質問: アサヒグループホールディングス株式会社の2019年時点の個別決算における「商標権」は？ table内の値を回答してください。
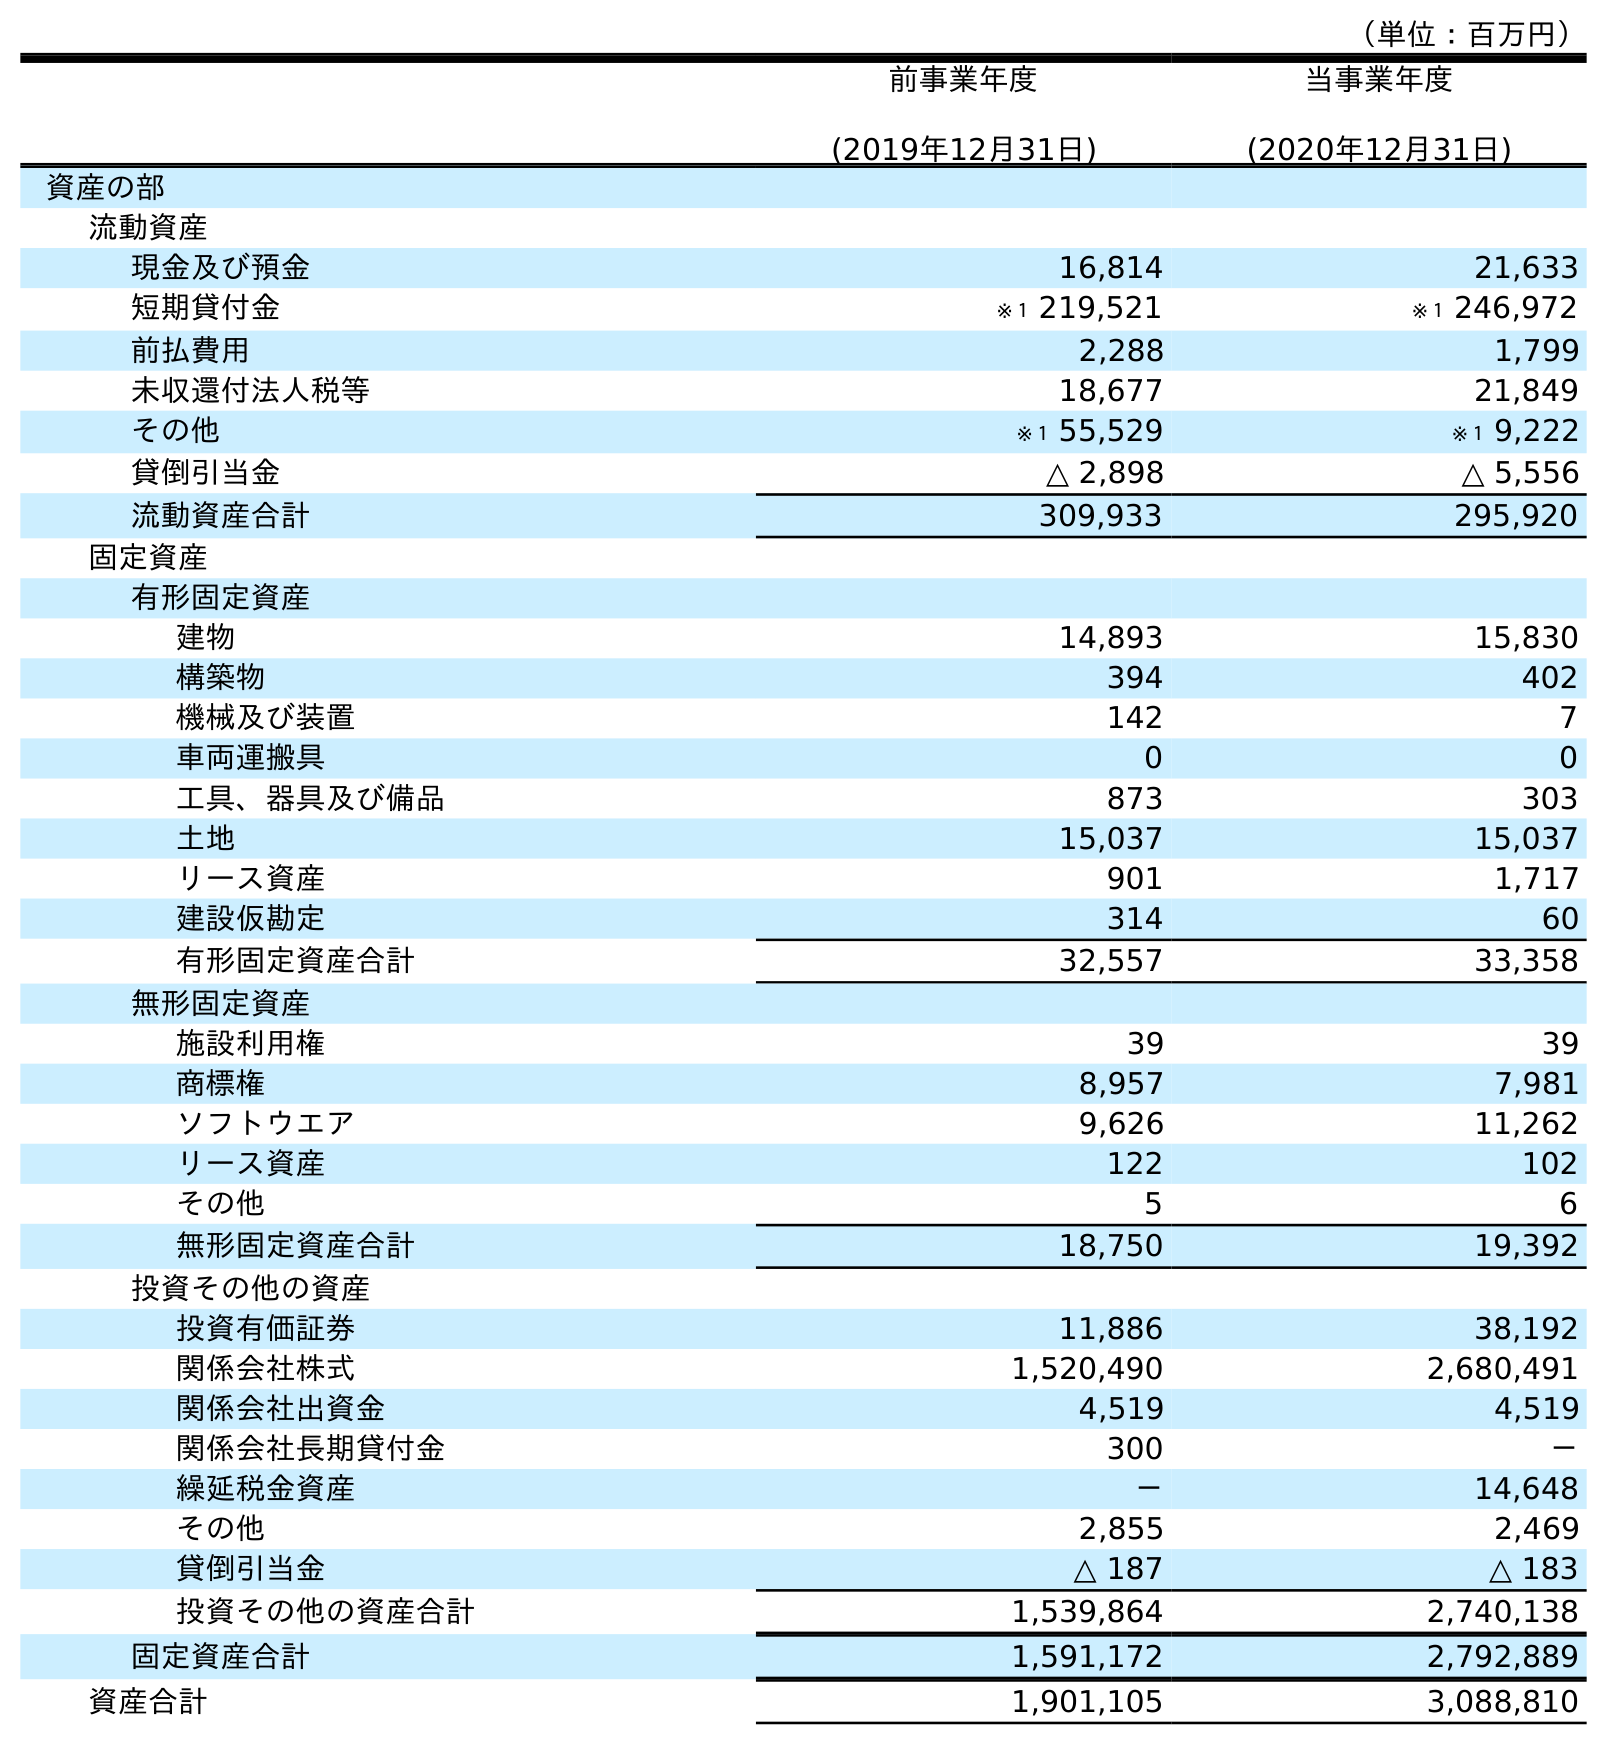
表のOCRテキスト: （単位：百万円） 前事業年度 (2019年12月31日) 当事業年度 (2020年12月31日) 資産の部 流動資産 現金及び預金 16,814 21,633 短期貸付金 ※１ 219,521 ※１ 246,972 前払費用 2,288 1,799 未収還付法人税等 18,677 21,849 その他 ※１ 55,529 ※１ 9,222 貸倒引当金 △ 2,898 △ 5,556 流動資産合計 309,933 295,920 固定資産 有形固定資産 建物 14,893 15,830 構築物 394 402 機械及び装置 142 7 車両運搬具 0 0 工具、器具及び備品 873 303 土地 15,037 15,037 リース資産 901 1,717 建設仮勘定 314 60 有形固定資産合計 32,557 33,358 無形固定資産 施設利用権 39 39 商標権 8,957 7,981 ソフトウエア 9,626 11,262 リース資産 122 102 その他 5 6 無形固定資産合計 18,750 19,392 投資その他の資産 投資有価証券 11,886 38,192 関係会社株式 1,520,490 2,680,491 関係会社出資金 4,519 4,519 関係会社長期貸付金 300 － 繰延税金資産 － 14,648 その他 2,855 2,469 貸倒引当金 △ 187 △ 183 投資その他の資産合計 1,539,864 2,740,138 固定資産合計 1,591,172 2,792,889 資産合計 1,901,105 3,088,810
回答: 8,957